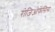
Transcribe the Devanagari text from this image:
रोजिओफेंसिस